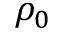
\rho _ { 0 }